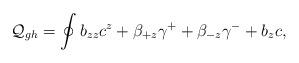
LaTeX: \begin{align*}{\cal Q}_{gh}=\oint b_{zz}c^z+\beta_{+z}\gamma^++\beta_{-z}\gamma^-+b_zc,\end{align*}